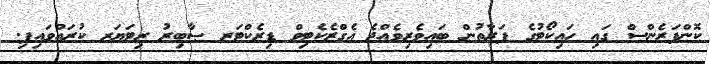
ކޮންފަރެންސް ގައި ހައިކޯޓުގެ ފަރާތުން ބައިވެރިވެއްޖެ އެގްޒެކެޓިވް ޑިރެކްޓަރ ޞާބިރު ރިޓަޔަރ ކުރައްވައިފި.